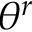
\theta ^ { r }